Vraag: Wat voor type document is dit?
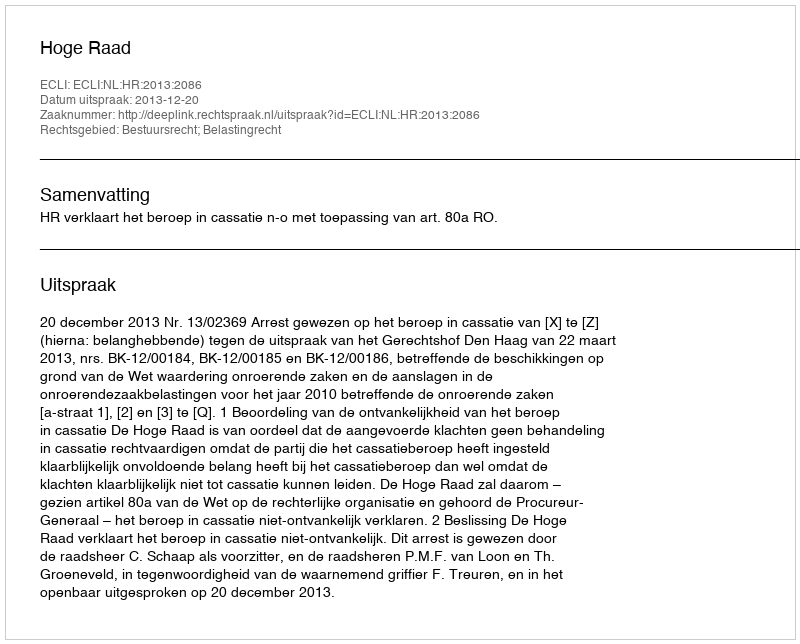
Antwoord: Uitspraak